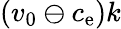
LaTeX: (v_{0}\ominus c_{\mathrm{e}})k